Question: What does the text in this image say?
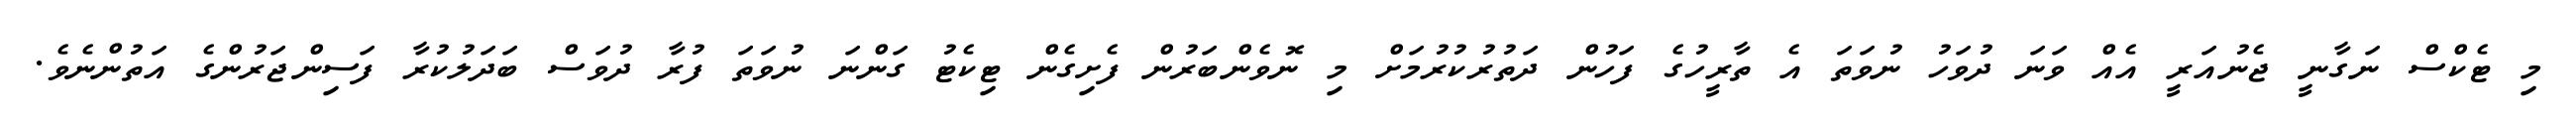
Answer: މި ޓެކްސް ނަގާނީ ޖެނުއަރީ އެއް ވަނަ ދުވަހު ނުވަތަ އެ ތާރީހުގެ ފަހުން ދަތުރުކުރުމަށް މި ނޮވެންބަރުން ފެށިގެން ޓިކެޓު ގަންނަ ނުވަތަ ފުރާ ދުވަސް ބަދަލުކުރާ ފަސިންޖަރުންގެ އަތުންނެވެ.